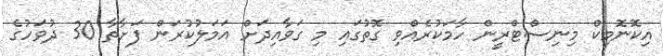
އިކޮނޮމިކް މިނިސްޓްރީން ހާމަކުރެއްވި ގޮތުގައި މި ގަވާއިދަށް އަމަލުކުރަން ފަށާތާ 30 ދުވަހުގެ